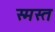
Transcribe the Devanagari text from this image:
स्मस्त